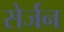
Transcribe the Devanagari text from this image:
सेर्जन